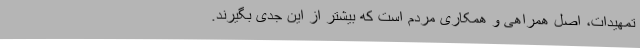
تمهیدات، اصل همراهی و همکاری مردم است که بیشتر از این جدی بگیرند.